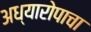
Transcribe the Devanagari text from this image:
अध्यारोपाचा